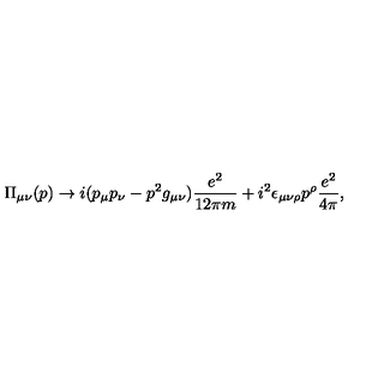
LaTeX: \Pi _ { \mu \nu } ( p ) \rightarrow i ( p _ { \mu } p _ { \nu } - p ^ { 2 } g _ { \mu \nu } ) \frac { e ^ { 2 } } { 1 2 \pi m } + i ^ { 2 } \epsilon _ { \mu \nu \rho } p ^ { \rho } \frac { e ^ { 2 } } { 4 \pi } ,